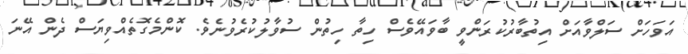
އަވަހަށް ސަލްވާއަށް އިތުބާރުކުރަންވީ ބާވައޭވެސް ހިތާ ހިތުން ސުވާލުކުރެވުނެވެ. ކޮންމެގޮތެއްވިޔަސް ދެން އޭނަ